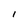
Character: l